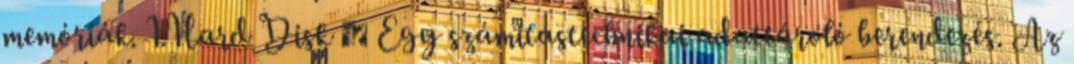
memóriák. 1.Hard Disk  Egy számitástechnikai adattároló berendezés. Az